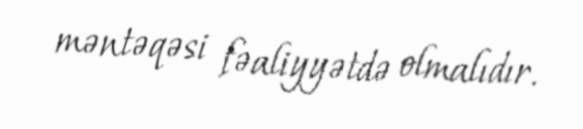
məntəqəsi fəaliyyətdə olmalıdır.